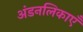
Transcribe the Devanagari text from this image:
अंडनलिकाएँ